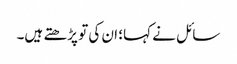
سائل نے کہا؛ ان کی تو پڑھتے ہیں۔